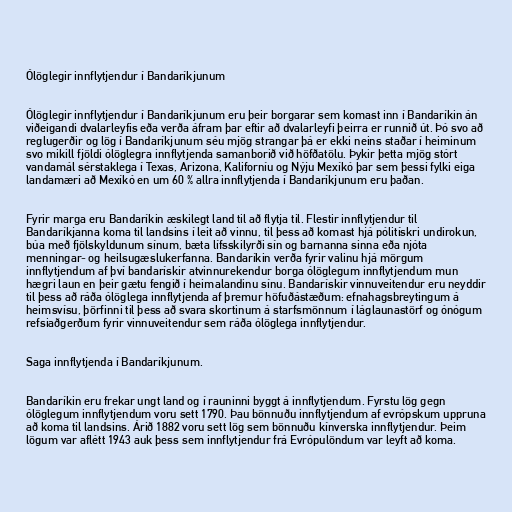
Ólöglegir innflytjendur í Bandaríkjunum

Ólöglegir innflytjendur í Bandaríkjunum eru þeir borgarar sem komast inn í Bandaríkin án
viðeigandi dvalarleyfis eða verða áfram þar eftir að dvalarleyfi þeirra er runnið út. Þó svo að
reglugerðir og lög í Bandaríkjunum séu mjög strangar þá er ekki neins staðar í heiminum
svo mikill fjöldi ólöglegra innflytjenda samanborið við höfðatölu. Þykir þetta mjög stórt
vandamál sérstaklega í Texas, Arizona, Kaliforníu og Nýju Mexíkó þar sem þessi fylki eiga
landamæri að Mexíkó en um 60 % allra innflytjenda í Bandaríkjunum eru þaðan.

Fyrir marga eru Bandaríkin æskilegt land til að flytja til. Flestir innflytjendur til
Bandaríkjanna koma til landsins í leit að vinnu, til þess að komast hjá pólitískri undirokun,
búa með fjölskyldunum sínum, bæta lífsskilyrði sín og barnanna sinna eða njóta
menningar- og heilsugæslukerfanna. Bandaríkin verða fyrir valinu hjá mörgum
innflytjendum af því bandarískir atvinnurekendur borga ólöglegum innflytjendum mun
hægri laun en þeir gætu fengið í heimalandinu sínu. Bandarískir vinnuveitendur eru neyddir
til þess að ráða ólöglega innflytjenda af þremur höfuðástæðum: efnahagsbreytingum á
heimsvísu, þörfinni til þess að svara skortinum á starfsmönnum í láglaunastörf og ónógum
refsiaðgerðum fyrir vinnuveitendur sem ráða ólöglega innflytjendur.

Saga innflytjenda í Bandaríkjunum.

Bandaríkin eru frekar ungt land og í rauninni byggt á innflytjendum. Fyrstu lög gegn
ólöglegum innflytjendum voru sett 1790. Þau bönnuðu innflytjendum af evrópskum uppruna
að koma til landsins. Árið 1882 voru sett lög sem bönnuðu kínverska innflytjendur. Þeim
lögum var aflétt 1943 auk þess sem innflytjendur frá Evrópulöndum var leyft að koma.